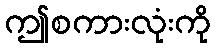
ဤစကားလုံးကို